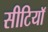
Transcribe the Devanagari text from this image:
सीटियाॅ